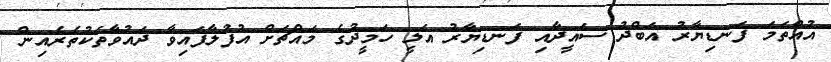
އުއްތަމަ ފަނޑިޔާރު އަބްދު ސައީދާއި ފަނޑިޔާރު އަލީ ހަމީދުގެ މައްޗަށް އުފުލާފައިވާ ދައުވާތަކުތެރެއިން